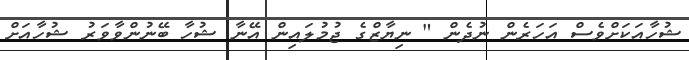
ޝުހާއަކަށްވެސް އަހަރެން ނުދެން " ނިޔާޒްގެ ޖުމުލައިން އޭނާ ޝުހާ ބޭނުންވާވަރު ޝުހާއަށް